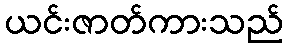
ယင်းဇာတ်ကားသည်